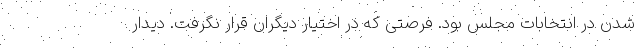
شدن در انتخابات مجلس بود. فرصتی که در اختیار دیگران قرار نگرفت. دیدار